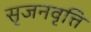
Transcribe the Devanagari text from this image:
सृजनवृत्ति